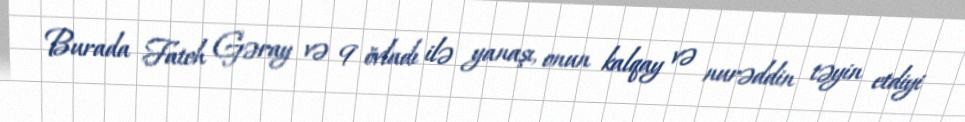
Burada Fateh Gəray və 9 övladı ilə yanaşı, onun kalqay və nurəddin təyin etdiyi